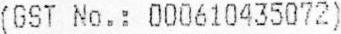
(GST NO.: 000610435072)